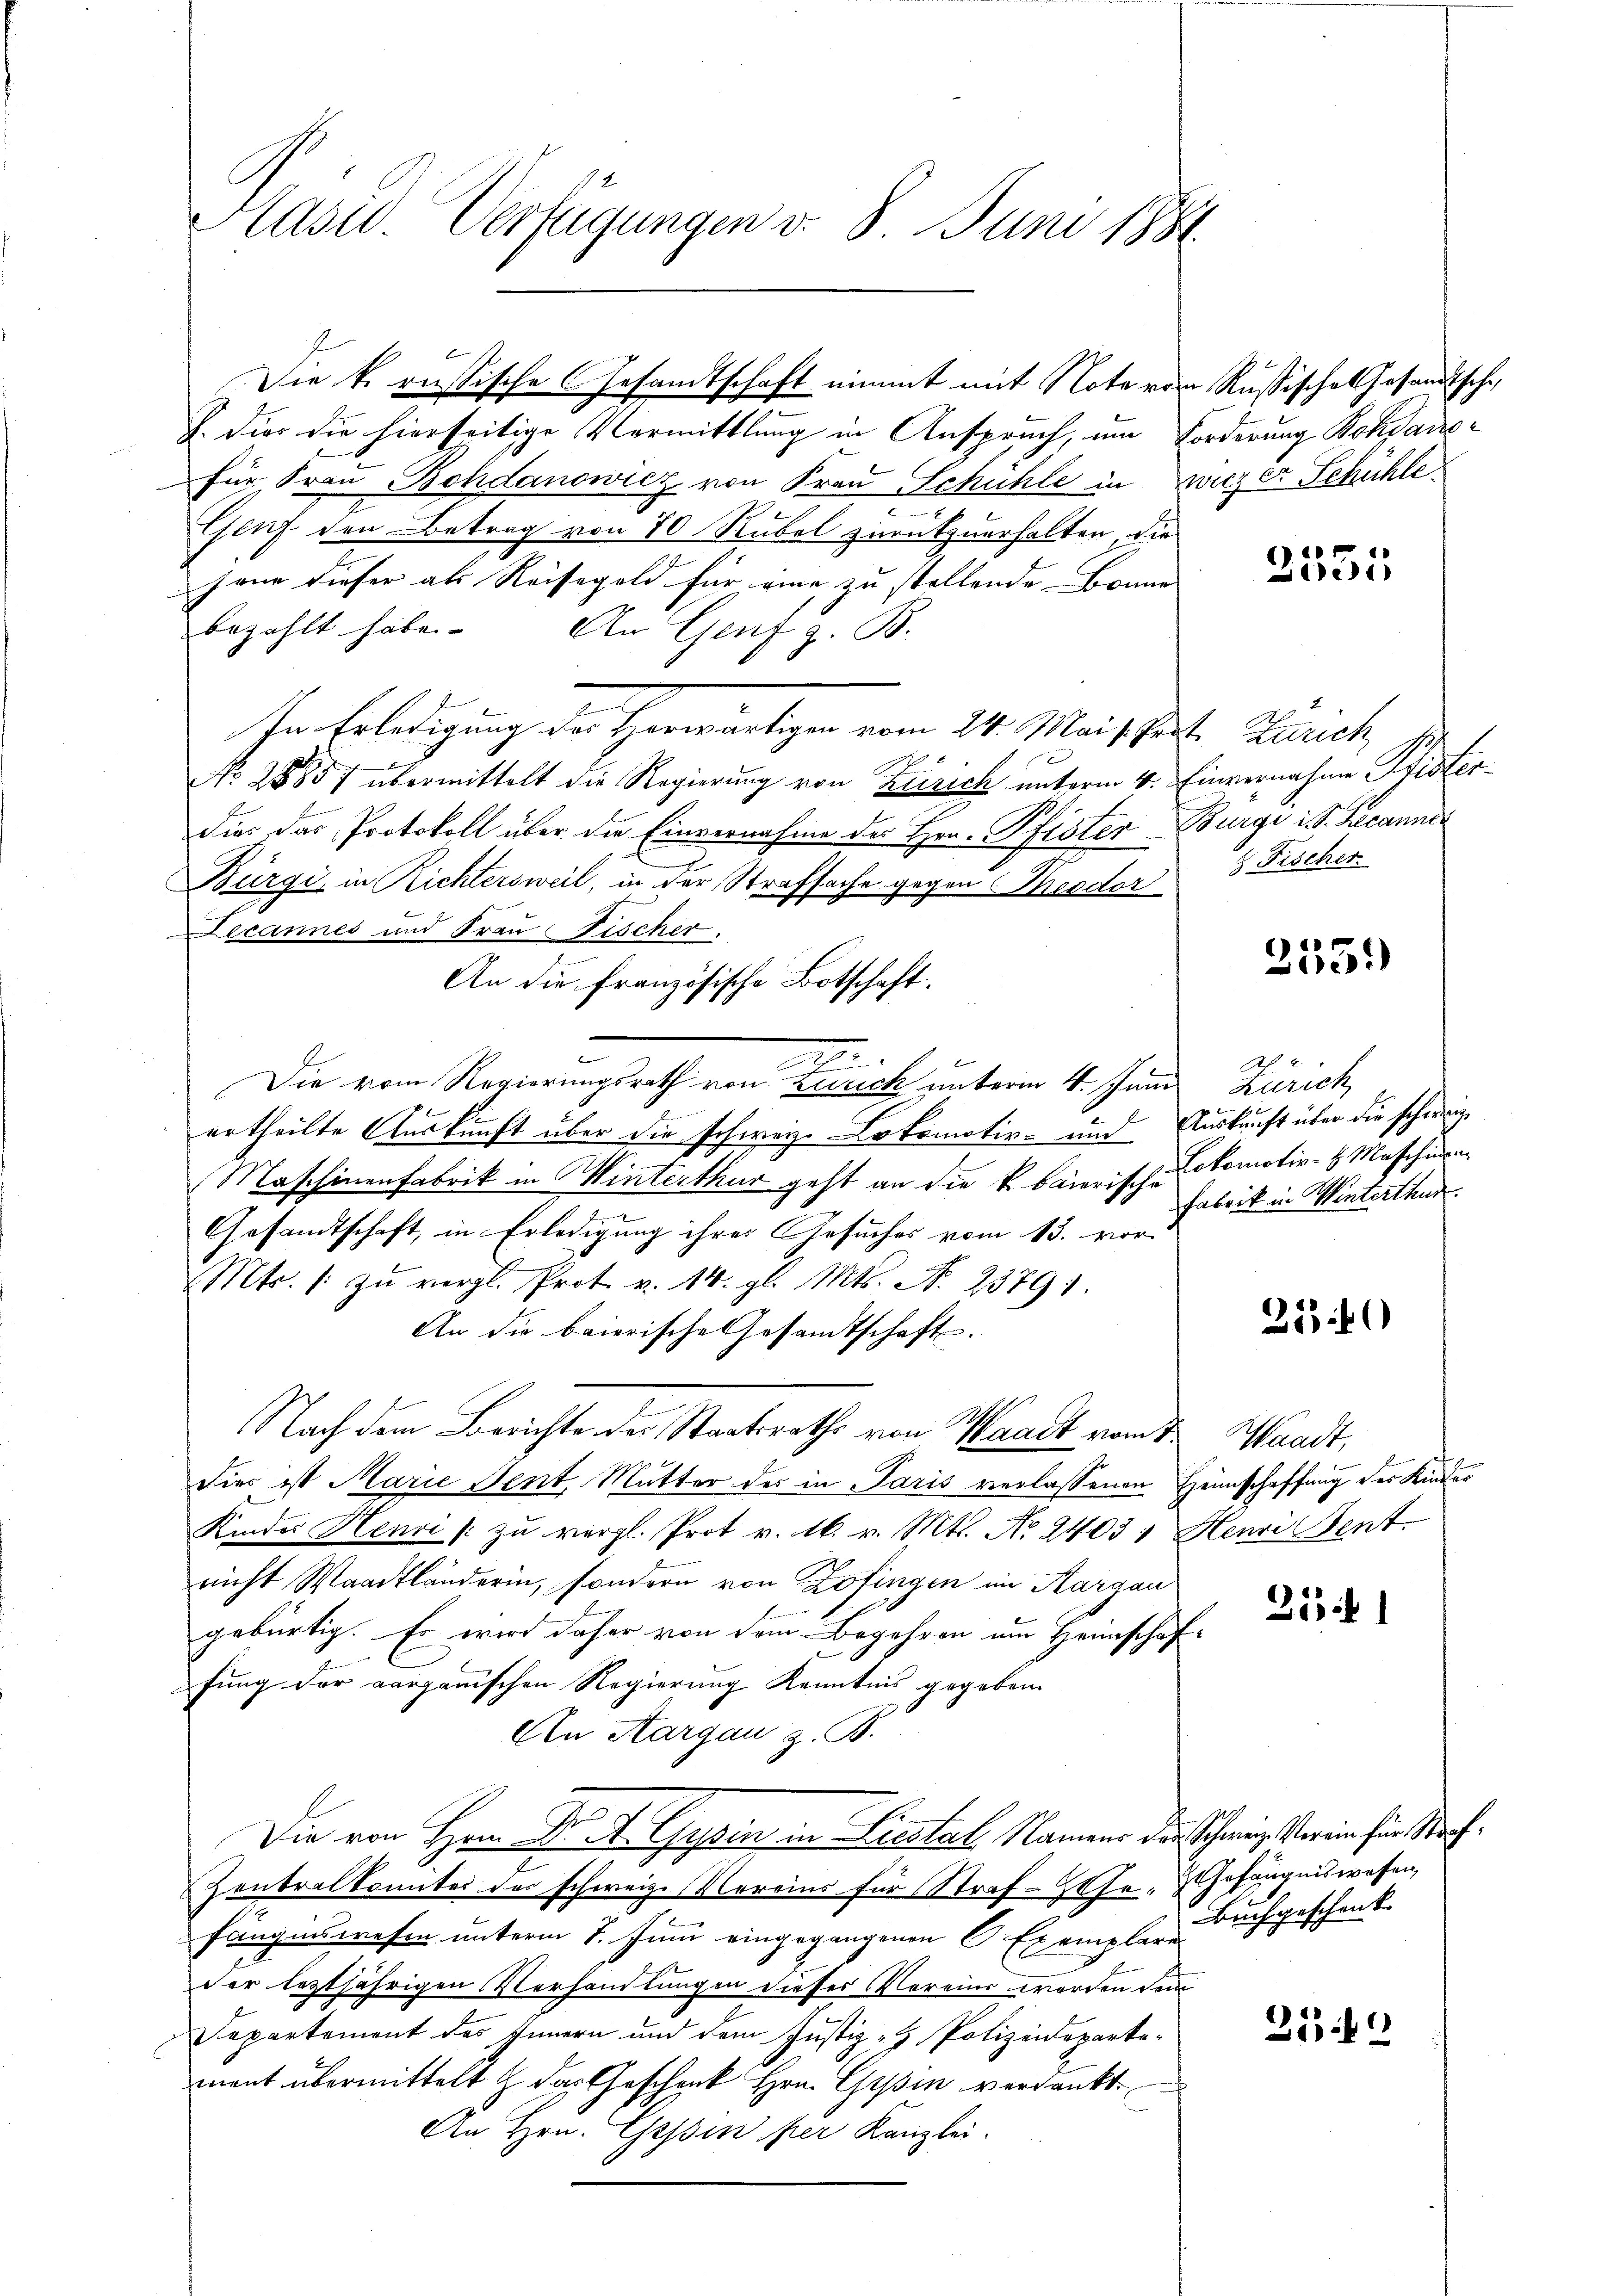
Präsid. Verfügungen v. 8. Juni 1881.

J. dies die hierseitige Vermittlung in Anspruch, um Forderung Bohdano-
für Frau Bohdanowicz von Frau Schühle in Zwiczer Schühle.
Genf den Betrag von 70 Rubel zurückzuerhalten, die
jene dieser als Reisegeld für eine zu stellende Bonne |
bezahlt habe. An Genf z. B.
In Erledigung der Herwärtigen vom 24. Mais Just. Zürich
No. 28857 übermittelt die Regierung von Zusich unterm 4. Einvernahme Pfisterdies das Protokoll über die Einvernahme der Hrn. Pfister-Burgi i S. Recannes
Bürgi, in Richtersweil, in der Strafsache gegen Theodor
Decannes und Frau Tischer.
An die französische Botschaft.
.
Die vom Regierungsrath von Zürich unterm 4. Juni
ertheilte Auskunft über die schweiz. Lokomotiv- und Auskunft über die schweige
Maschinenfabrik in Winterthur geht an die k. baierisch-Lokomotiv-H Maschinen
Gesandtschaft, in Erledigung ihres Gesuches vom 13. vor¬
Mts. /: zŭ vergl. Prot. v. 14. gl. Mts. N. 23791.
An die baierische Gesandtschaft.
Nach dem Berichte der Staatsraths von Waadt vom 1. Waadt,
Dies ist Marie Sent Mutter der in Paris verlassenen Heimschaffung des Kinder
Kinder Henri / zu vergl. Prot v. 16. v. Mts. No 24031 Henri Bent
nicht Waadtländerin, sondern von Zofingen im Aargau
gebürtig. Es wird daher von dem Begehren um Heimschaf-
fung der aarganischen Regierung Kenntnis gegeben.
An Aargau z. B.
Die von Hrn. Dr. K. Gypin in Liestal, Namens des Schweiz erin für Nach¬
Zentralkonntes des schweiz. Vereins für Straf-ZGse- & Gefängniswesen,
fängenswesen unterm 7. Juni eingegangenen C. Exemplare
der leztjährigen Verhandlungen dieses Vereins worden dem
Departement des Innern und dem Justiz- & Polizeideparte-
ment übermittelt das Geschenk Hrn. Gesin verdankt.
An Hrn. Gessin per Kanzlei.

Die k. russische Gesandtschaft nimmt mit Note von Rußische Gesandtsche

2551

Fischer

d
Zie.)

Ah.
Zürich
Fabrik in Winterthur.

2540

25

Buchgeschenk.

250